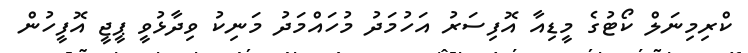
ކްރިމިނަލް ކޯޓުގެ މީޑިއާ އޮފިސަރު އަހުމަދު މުހައްމަދު މަނިކު ވިދާޅުވީ ޕީޖީ އޮފީހުން